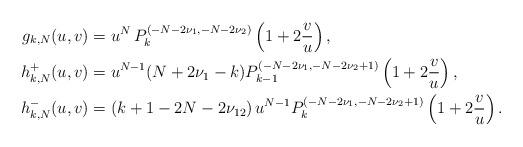
LaTeX: \begin{align*}g_{k,N}(u,v)&=u^N\, P_k^{(-N-2\nu_1,-N-2\nu_2)}\left(1+2\frac{v}{u}\right), \\h_{k,N}^{+}(u,v)&=u^{N-1}(N+2\nu_1-k) P_{k-1}^{(-N-2\nu_1,-N-2\nu_2+1)}\left(1+2\frac{v}{u}\right),\\h_{k,N}^{-}(u,v)&=(k+1-2N-2\nu_{12}) \,u^{N-1}P_k^{(-N-2\nu_1,-N-2\nu_2+1)}\left(1+2\frac{v}{u}\right).\end{align*}